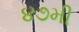
૪૭મી